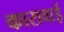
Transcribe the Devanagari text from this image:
कारावाई